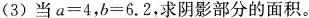
(3)当$$a=4$$，$$b=6.2$$，求阴影部分的面积。